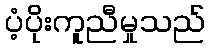
ပံ့ပိုးကူညီမှုသည်